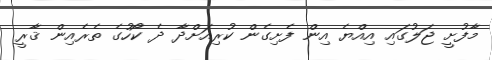
މާފުށީ ޖަލުގައި އިއްޔެ އިން ފެށިގެން ކުރިއަށްދާ ދެ ކޯހުގެ ތެރެއިން ޤާރީ